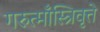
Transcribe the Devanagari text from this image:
गरुत्माँस्त्रिवृत्ते